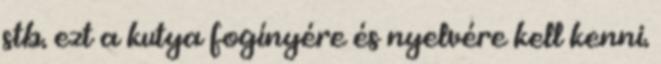
stb. ezt a kutya fogínyére és nyelvére kell kenni.